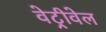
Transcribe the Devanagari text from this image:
वेट्रीवेल